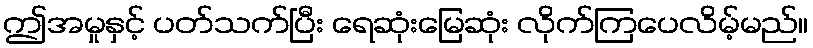
ဤအမှုနှင့် ပတ်သက်ပြီး ရေဆုံးမြေဆုံး လိုက်ကြပေလိမ့်မည်။